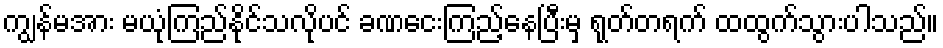
ကျွန်မအား မယုံကြည်နိုင်သလိုပင် ခဏငေးကြည့်နေပြီးမှ ရုတ်တရက် ထထွက်သွားပါသည်။